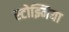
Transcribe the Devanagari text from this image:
स्टोझ्निया